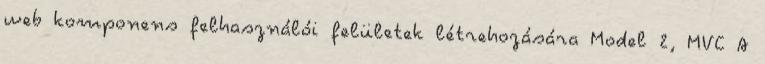
web komponens felhasználói felületek létrehozására Model 2, MVC A